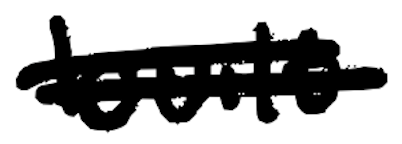
Text: built
Cross-out: double-line
Writing tool: digital_black